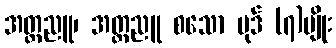
အတ္ထညူ၊ အတ္တညူ စသော ပုဒ် (၇)မျိုး